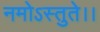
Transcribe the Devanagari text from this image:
नमोऽस्तुते।।